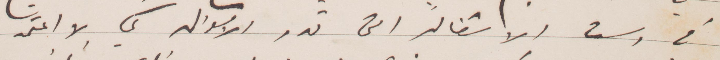
في رسم الاشغال التي تدر الأموال كي لا اعتمد